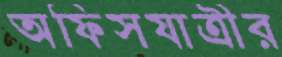
অফিসযাত্রীর